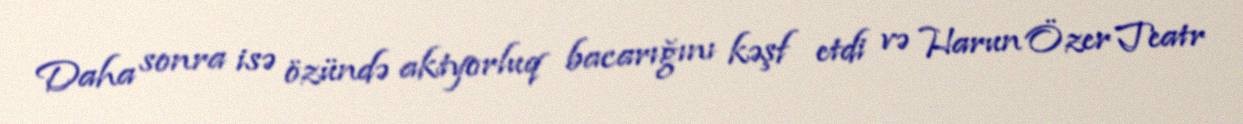
Daha sonra isə özündə aktyorluq bacarığını kəşf etdi və Harun Özer Teatr